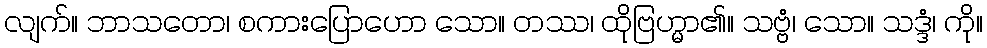
လျက်။ ဘာသတော၊ စကားပြောဟော သော။ တဿ၊ ထိုဗြဟ္မာ၏။ သဗ္ဗံ၊ သော။ သဒ္ဒံ၊ ကို။